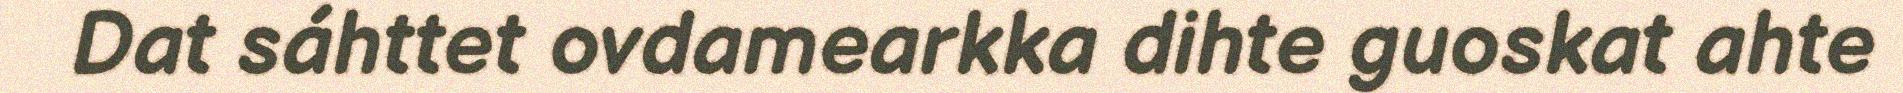
Dat sáhttet ovdamearkka dihte guoskat ahte